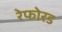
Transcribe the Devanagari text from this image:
रेफोरड